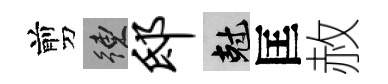
剪練邸剋匡赦